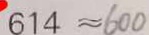
6 1 4 \approx 6 0 0